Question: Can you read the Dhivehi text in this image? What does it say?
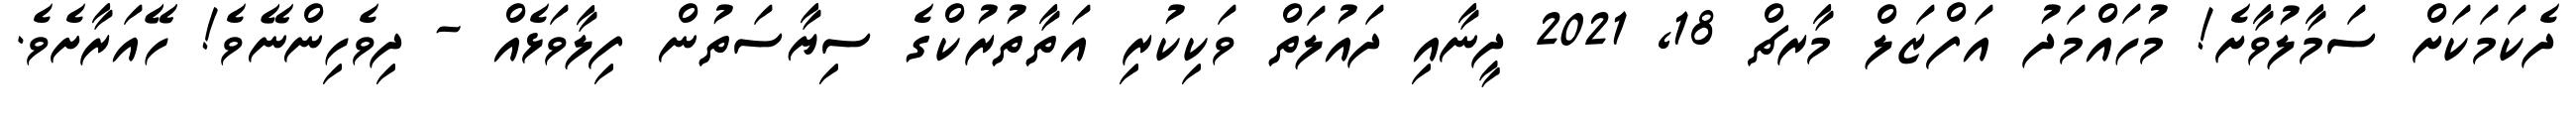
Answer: ދެކަމަކަށް ސަމާލުވާށެ! މުހައްމަދު އަފްޒަލް މާރޗް 18, 2021 ދީނާއި ދައުލަތް ވަކިކުރި އަތާތުރުކްގެ ސިޔާސަތުން ފިލާވަޅެއް - ދިވެހިންނޭވެ! ހޭއަރާށެވެ.